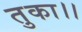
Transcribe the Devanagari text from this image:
तुका।।